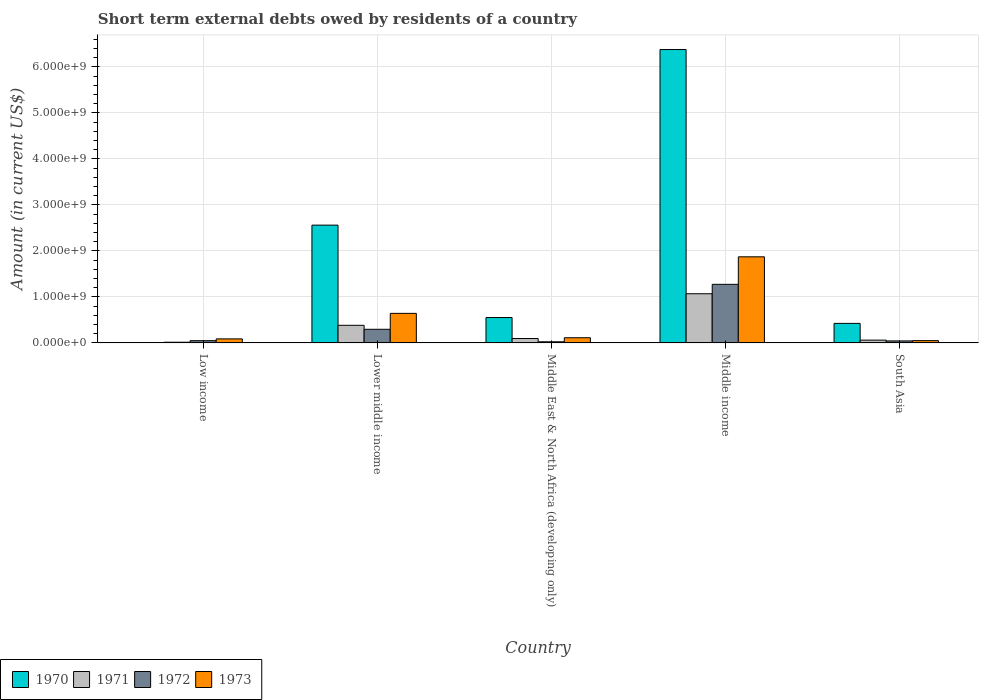
| Country | 1970 | 1971 | 1972 | 1973 |
 | --- | --- | --- | --- | --- |
 | Low income | -1.69e+08 | 1.54e+07 | 4.94e+07 | 8.84e+07 |
 | Lower middle income | 2.56e+09 | 3.83e+08 | 2.97e+08 | 6.43e+08 |
 | Middle East & North Africa (developing only) | 5.52e+08 | 9.6e+07 | 2.5e+07 | 1.13e+08 |
 | Middle income | 6.38e+09 | 1.07e+09 | 1.27e+09 | 1.87e+09 |
 | South Asia | 4.25e+08 | 6.1e+07 | 4.4e+07 | 5e+07 |